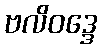
ဗလိဝဒ္ဒေ